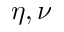
\eta , \nu